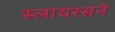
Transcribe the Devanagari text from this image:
स्लायरसने